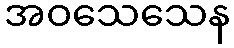
အဝသေသေန